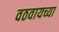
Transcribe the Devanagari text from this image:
वठवायच्या